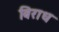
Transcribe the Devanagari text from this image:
बिराध